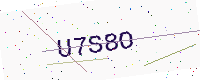
Text: U7S8O